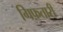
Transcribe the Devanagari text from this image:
गिफ़तारी